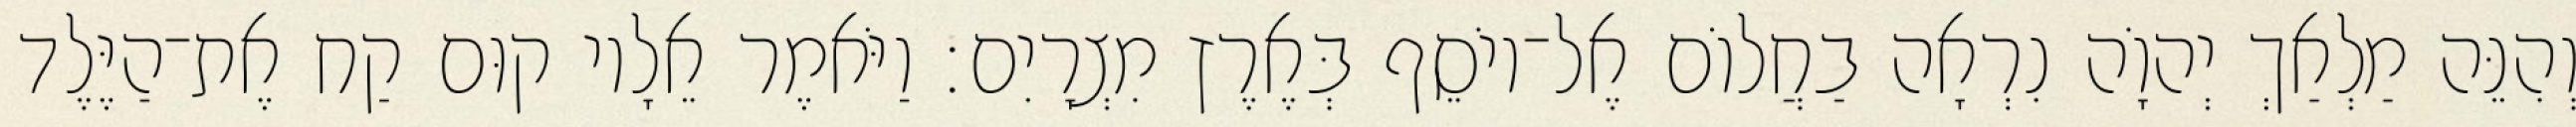
וְהִנֵּה מַלְאַךְ יְהוָֹה נִרְאָה בַחֲלוֹם אֶל־יוֹסֵף בְּאֶרֶץ מִצְרָיִם׃ וַיֹּאמֶר אֵלָיו קוּם קַח אֶת־הַיֶּלֶד